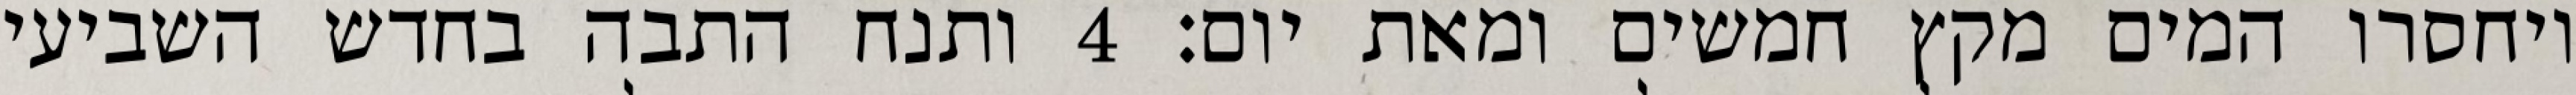
ויחסרו המים מקץ חמשים ומאת יום׃ ‎4‏ ותנח התבה בחדש השביעי